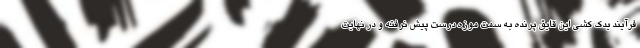
فرآیند یدک کشی این قایق پرنده به سمت موزه درست پیش نرفته و در نهایت